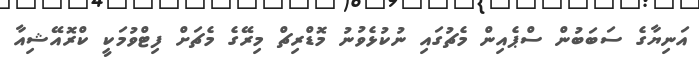
އަނިޔާގެ ސަބަބުން ސްޕެއިން މެޗުގައި ނުކުޅެވުނު މޮޑްރިޗް މިރޭގެ މެޗަށް ފިޓްވުމަކީ ކްރޮއޭޝިއާ